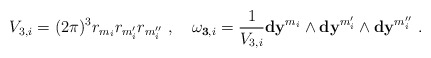
\begin{align*}V_{3,i} = (2\pi)^3 r_{m_i} r_{m'_i} r_{m''_i}\ ,\quad\mathbf{\omega}_{{\mathbf 3},i} = \frac{1}{V_{3,i}} \mathbf{dy}^{m_i}\wedge \mathbf{dy}^{m'_i} \wedge \mathbf{dy}^{m''_i}\ .\end{align*}